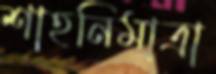
শাহনিমাত্রা